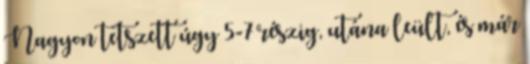
Nagyon tetszett úgy 5-7 részig, utána leült, és már